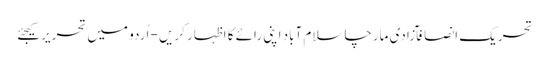
تحریک انصافآزادی مارچاسلام آباد اپنی رائے کا اظہار کریں - اُردو میں تحریر کیجئے